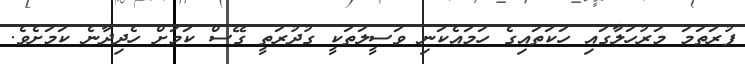
ފުރަތަމަ މަރުހަލާގައި ހަކަތައިގެ ހަމައެކަނި ވަސީލަތަކީ ގުދުރަތީ ގޭސް ކަމަށް ހެދިދާނެ ކަމަށެވެ.